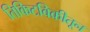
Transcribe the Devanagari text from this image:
तिकिटविक्रीतून